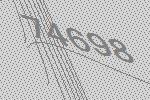
74698